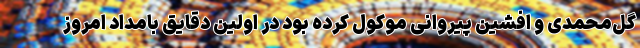
گل‌محمدی و افشین پیروانی موکول کرده بود در اولین دقایق بامداد امروز